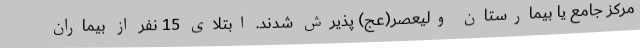
مرکز جامع یا بیمارستان ولیعصر(عج) پذیرش شدند. ابتلای 15 نفر از بیماران